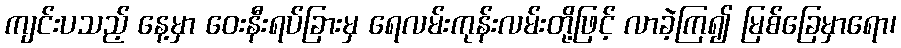
ကျင်းပသည့် နေ့မှာ ဝေးနီးရပ်ခြားမှ ရေလမ်းကုန်းလမ်းတို့ဖြင့် လာခဲ့ကြ၍ မြစ်ခြေမှာရော၊